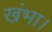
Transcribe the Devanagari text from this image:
खंभा।